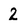
Character: 2